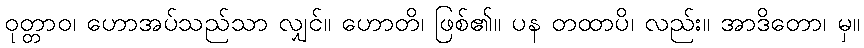
ဝုတ္တာဝ၊ ဟောအပ်သည်သာ လျှင်။ ဟောတိ၊ ဖြစ်၏။ ပန တထာပိ၊ လည်း။ အာဒိတော၊ မှ။